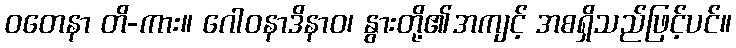
ဝတေနာ တိ-ကား။ ဂေါဝနာဒိနာဝ၊ နွားတို့၏အကျင့် အစရှိသည်ဖြင့်ပင်။